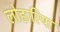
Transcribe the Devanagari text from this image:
लोहारिया